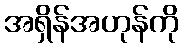
အရှိန်အဟုန်ကို